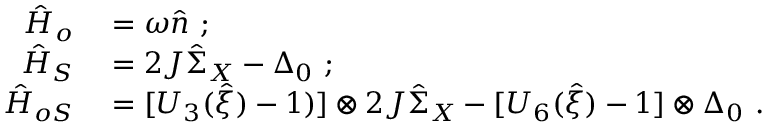
\begin{array} { r l } { \hat { H } _ { o } } & { { } = \omega \hat { n } \ ; } \\ { \hat { H } _ { S } } & { { } = 2 J \hat { \Sigma } _ { X } - \Delta _ { 0 } \ ; } \\ { \hat { H } _ { o S } } & { { } = [ U _ { 3 } ( \hat { \xi } ) - 1 ) ] \otimes 2 J \hat { \Sigma } _ { X } - [ U _ { 6 } ( \hat { \xi } ) - 1 ] \otimes \Delta _ { 0 } \ . } \end{array}